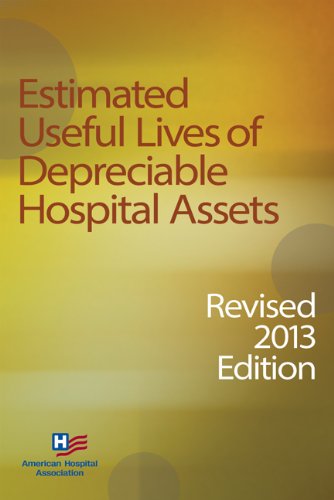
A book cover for Estimated Useful Lives of Depreciable Hospital Assets, Revised 2013 edition; American Hospital Association; Medical Books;